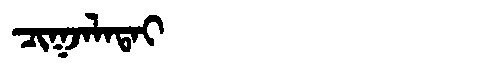
Manchu: ᠴᡳᡴᠵᠠᠯᠠᡨᠠᡳ
Romanization: CIKJALATAI